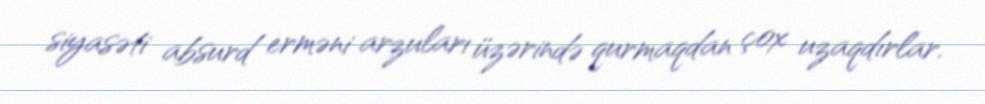
siyasəti absurd erməni arzuları üzərində qurmaqdan çox uzaqdırlar.